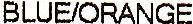
BLUE/ORANGE